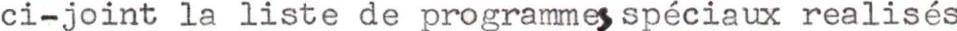
ci-joint la liste de programmes spéciaux realisés